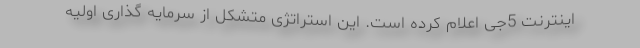
اینترنت 5جی اعلام کرده است. این استراتژی متشکل از سرمایه گذاری اولیه